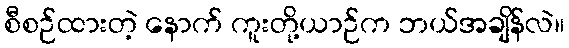
စီစဉ်ထားတဲ့ နောက် ကူးတို့ယာဉ်က ဘယ်အချိန်လဲ။